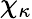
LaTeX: \chi_{\kappa}